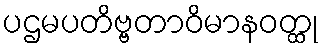
ပဌမပတိဗ္ဗတာဝိမာနဝတ္ထု